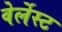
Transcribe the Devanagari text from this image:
वेर्लेस्ट